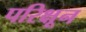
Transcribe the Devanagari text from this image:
परिक्षून